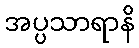
အပ္ပသာရာနိ